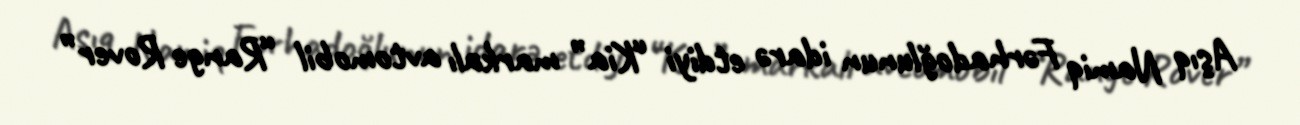
Aşıq Namiq Fərhadoğlunun idarə etdiyi “Kia” markalı avtomobil “Range Rover”